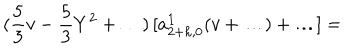
LaTeX: ( \frac { 5 } { 3 } v - \frac { 5 } { 3 } Y ^ { 2 } + \ldots ) \, [ a _ { 2 + h , 0 } ^ { \bf 1 } ( v + \ldots ) + \ldots ] =